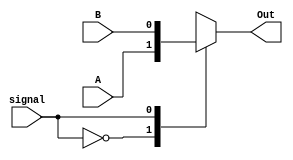
`timescale 1ns / 1ps

module Mux1bit_2x1(signal, A, B, Out);
    input A, B, signal;
    output reg Out;
    
    always @(*)
    begin
        case(signal)
            1'd0: begin Out <= A; end
            1'd1: begin Out <= B; end
            default: begin Out <= 1'b0; end //error 
        endcase
    end
endmodule